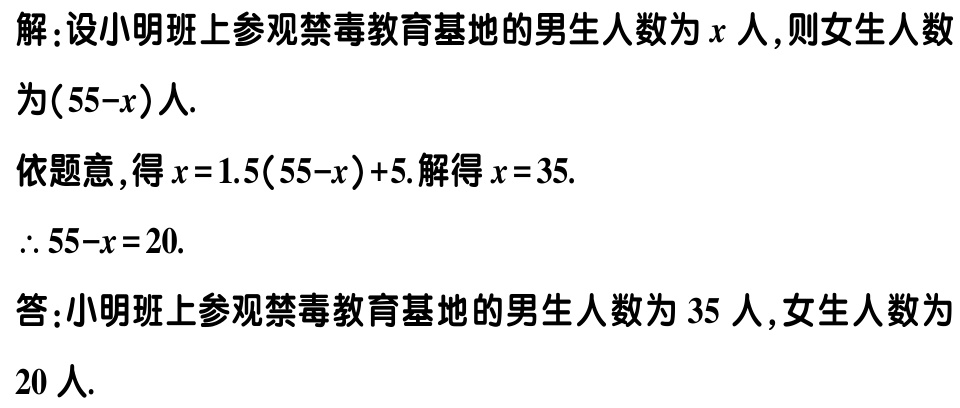
解：设小明班上参观禁毒教育基地的男生人数为\(x\)人,则女生人数

为\((55 - x)\)人.

依题意,得\(x = 1.5(55 - x)+5\).解得\(x = 35\).

\(\therefore 55 - x = 20\).

答：小明班上参观禁毒教育基地的男生人数为\(35\)人,女生人数为

\(20\)人.